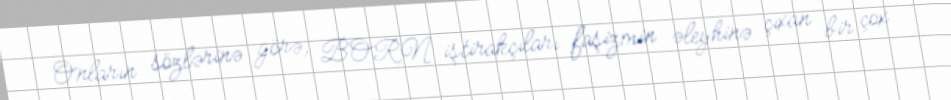
Onların sözlərinə görə, BORN iştirakçıları faşizmin əleyhinə çıxan bir çox